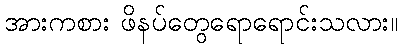
အားကစား ဖိနပ်တွေရောရောင်းသလား။